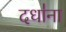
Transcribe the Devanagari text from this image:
दधा॑ना